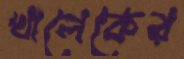
খালেকের